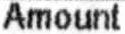
AMOUNT